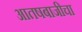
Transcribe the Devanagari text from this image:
आतषबाजीचा